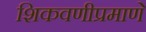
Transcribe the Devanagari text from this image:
शिकवणीप्रमाणे